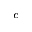
^ c